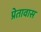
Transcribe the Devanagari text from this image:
प्रेतावास